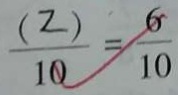
\frac { 8 } { 1 0 } - \frac { ( Z ) } { 1 0 } = \frac { 6 } { 1 0 }